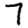
Digit: 7